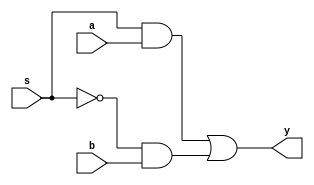
module mux2(a, b, s, y);
	input a, b, s;
	output y;

	wire s_n = ~s;
	wire t0 = s & a;
	wire t1 = s_n & b;
	assign y = t0 | t1;
endmodule